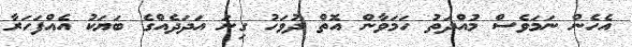
އެހެން ނަަމަވެސް މުއްދަތު ހަމަވާން އޮތް ދުވަހު ގިނަ އަދަދެއްގެ ބަޔަކު އެއްފަހަރާ